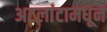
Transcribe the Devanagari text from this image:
अटलांटामधून